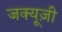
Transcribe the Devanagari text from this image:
जक्यूज़ी